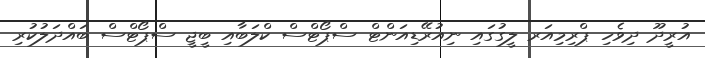
އުރީދޫ ދިވެހި ޕްރިމިއަރ ލީގުގައި ނިއުރޭޑިއަންޓް ސްޕޯޓްސް ކްލަބާއި ބީޖީ ސްޕޯޓްސް ބައްދަލުކުރި